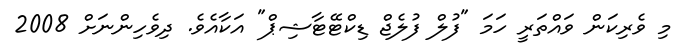
މި ވެރިކަން ވައްތަރީ ހަމަ "ފުލް ފުލެޖް ޑިކްޓޭޓާޝިޕް" އަކާއެވެ. ދިވެހިންނަށް 2008